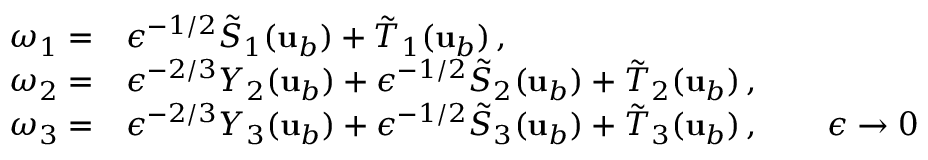
\begin{array} { r l } { \omega _ { 1 } = } & { { } \epsilon ^ { - 1 / 2 } \tilde { S } _ { 1 } ( { \mathbf { u } } _ { b } ) + \tilde { T } _ { 1 } ( { \mathbf { u } } _ { b } ) \, , } \\ { \omega _ { 2 } = } & { { } \epsilon ^ { - 2 / 3 } Y _ { 2 } ( { \mathbf { u } } _ { b } ) + \epsilon ^ { - 1 / 2 } \tilde { S } _ { 2 } ( { \mathbf { u } } _ { b } ) + \tilde { T } _ { 2 } ( { \mathbf { u } } _ { b } ) \, , } \\ { \omega _ { 3 } = } & { { } \epsilon ^ { - 2 / 3 } Y _ { 3 } ( { \mathbf { u } } _ { b } ) + \epsilon ^ { - 1 / 2 } \tilde { S } _ { 3 } ( { \mathbf { u } } _ { b } ) + \tilde { T } _ { 3 } ( { \mathbf { u } } _ { b } ) \, , \qquad \epsilon \to 0 } \end{array}